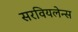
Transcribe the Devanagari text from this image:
सरवियलेन्स